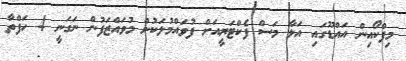
މިފްކޯއިން އައްޑޫގައި އަޅާ މަސް ފެކްޓަރީއަށް ފުވައްމުލަކުން މުވައްޒަފުން ނަގަނީ 4 ހަފްތާ